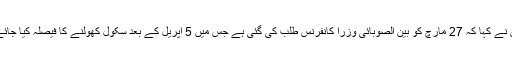
انہوں نے کہا کہ 27 مارچ کو بین الصوبائی وزرا کانفرنس طلب کی گئی ہے جس میں 5 اپریل کے بعد سکول کھولنے کا فیصلہ کیا جائے گا۔